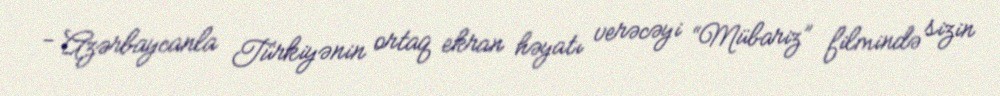
- Azərbaycanla Türkiyənin ortaq ekran həyatı verəcəyi “Mübariz” filmində sizin